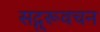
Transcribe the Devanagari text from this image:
सद्गुरूवचन